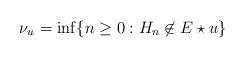
LaTeX: \begin{align*}\nu_u = \inf\{n\geq 0 : H_n \not\in E\star u\}\end{align*}